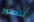
تتدهور